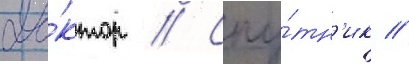
До́ктор // Спу́тн'ик //